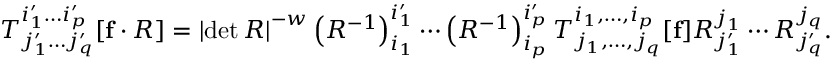
T _ { j _ { 1 } ^ { \prime } \dots j _ { q } ^ { \prime } } ^ { i _ { 1 } ^ { \prime } \dots i _ { p } ^ { \prime } } [ \mathbf { f } \cdot R ] = \left| \operatorname* { d e t } R \right| ^ { - w } \left( R ^ { - 1 } \right) _ { i _ { 1 } } ^ { i _ { 1 } ^ { \prime } } \cdots \left( R ^ { - 1 } \right) _ { i _ { p } } ^ { i _ { p } ^ { \prime } } T _ { j _ { 1 } , \ldots , j _ { q } } ^ { i _ { 1 } , \ldots , i _ { p } } [ \mathbf { f } ] R _ { j _ { 1 } ^ { \prime } } ^ { j _ { 1 } } \cdots R _ { j _ { q } ^ { \prime } } ^ { j _ { q } } .